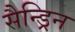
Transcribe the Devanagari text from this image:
सैन्ड्रिन